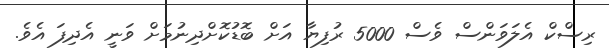
ރިސްކް އެލަވަންސް ވެސް 5000 ރުފިޔާ އަށް ބޮޑުކޮށްދިނުމަށް ވަނީ އެދިފަ އެވެ.